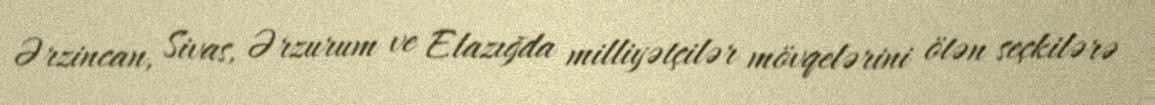
Ərzincan, Sivas, Ərzurum ve Elazığda milliyətçilər mövqelərini ötən seçkilərə